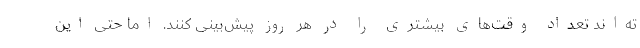
ته‌اند تعداد وقت‌های بیشتری را در هر روز پیش‌بینی کنند. اما حتی این